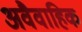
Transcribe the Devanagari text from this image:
अवैवाहिक